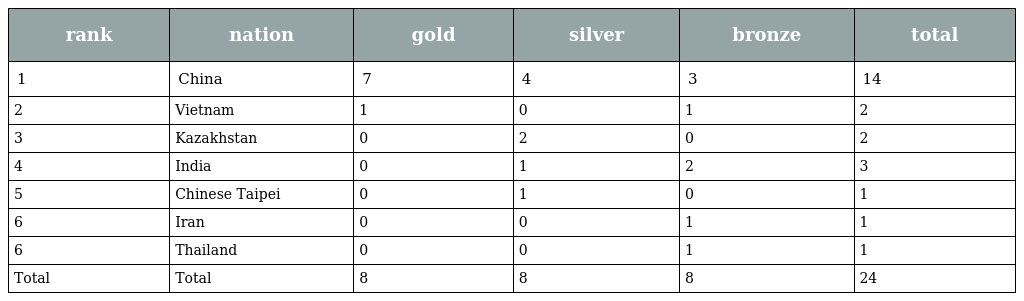
| rank | nation | gold | silver | bronze | total |
 | --- | --- | --- | --- | --- | --- |
 | 1 | China | 7 | 4 | 3 | 14 |
 | 2 | Vietnam | 1 | 0 | 1 | 2 |
 | 3 | Kazakhstan | 0 | 2 | 0 | 2 |
 | 4 | India | 0 | 1 | 2 | 3 |
 | 5 | Chinese Taipei | 0 | 1 | 0 | 1 |
 | 6 | Iran | 0 | 0 | 1 | 1 |
 | 6 | Thailand | 0 | 0 | 1 | 1 |
 | Total | Total | 8 | 8 | 8 | 24 |